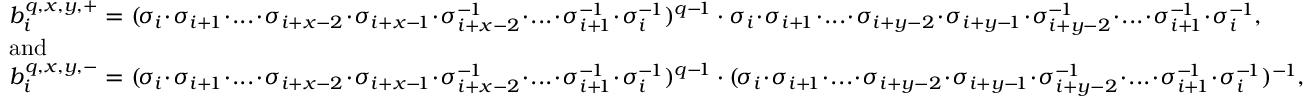
\begin{array} { l } { b _ { i } ^ { q , x , y , + } = ( \! \sigma _ { i } \! \cdot \! \sigma _ { i + \! 1 } \! \cdot \! . . . \! \cdot \! \sigma _ { i + x - 2 } \! \cdot \! \sigma _ { i + x - \! 1 } \! \cdot \! \sigma _ { i + x - 2 } ^ { - \! 1 } \! \cdot \! . . . \! \cdot \! \sigma _ { i + \! 1 } ^ { - \! 1 } \! \cdot \! \sigma _ { i } ^ { - \! 1 } ) ^ { q - \! 1 } \cdot \sigma _ { i } \! \cdot \! \sigma _ { i + \! 1 } \! \cdot \! . . . \! \cdot \! \sigma _ { i + y - 2 } \! \cdot \! \sigma _ { i + y - \! 1 } \! \cdot \! \sigma _ { i + y - 2 } ^ { - \! 1 } \! \cdot \! . . . \! \cdot \! \sigma _ { i + \! 1 } ^ { - \! 1 } \! \cdot \! \sigma _ { i } ^ { - \! 1 } , } \\ { \mathrm { a n d } } \\ { b _ { i } ^ { q , x , y , - } = ( \! \sigma _ { i } \! \cdot \! \sigma _ { i + \! 1 } \! \cdot \! . . . \! \cdot \! \sigma _ { i + x - 2 } \! \cdot \! \sigma _ { i + x - \! 1 } \! \cdot \! \sigma _ { i + x - 2 } ^ { - \! 1 } \! \cdot \! . . . \! \cdot \! \sigma _ { i + \! 1 } ^ { - \! 1 } \! \cdot \! \sigma _ { i } ^ { - \! 1 } ) ^ { q - \! 1 } \cdot ( \! \sigma _ { i } \! \cdot \! \sigma _ { i + \! 1 } \! \cdot \! . . . \! \cdot \! \sigma _ { i + y - 2 } \! \cdot \! \sigma _ { i + y - \! 1 } \! \cdot \! \sigma _ { i + y - 2 } ^ { - \! 1 } \! \cdot \! . . . \! \cdot \! \sigma _ { i + \! 1 } ^ { - \! 1 } \! \cdot \! \sigma _ { i } ^ { - \! 1 } ) ^ { - \! 1 } , } \end{array}